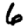
Digit: 6